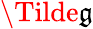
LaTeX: \Tilde{\mathfrak{g}}